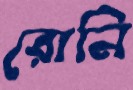
রোনি